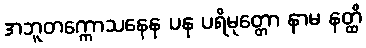
အဘူတက္ကောသနေန ပန ပရိမုတ္တော နာမ နတ္ထိ